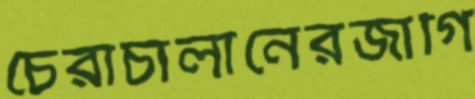
চেরাচালানেরজাগি